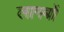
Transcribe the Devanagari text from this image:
लागबों